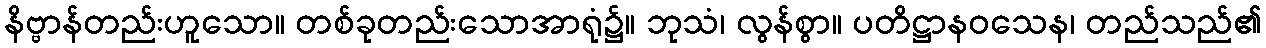
နိဗ္ဗာန်တည်းဟူသော။ တစ်ခုတည်းသောအာရုံ၌။ ဘုသံ၊ လွန်စွာ။ ပတိဋ္ဌာနဝသေန၊ တည်သည်၏